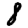
Digit: 8